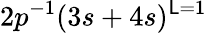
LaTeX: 2p^{-1}(3s+4s)^{\mathsf{L}=1}